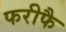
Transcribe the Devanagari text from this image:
फरीफै